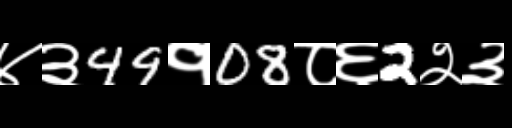
Text: ४३49१08८६2२३